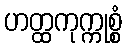
ဟတ္ထကုက္ကုစ္စံ